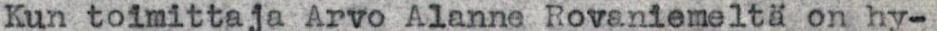
Kun toimittaja Arvo Alanne Rovaniemeltä on hy-